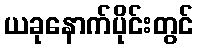
ယခုနောက်ပိုင်းတွင်